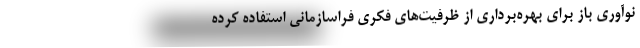
نوآوری باز برای بهره‌برداری از ظرفیت‌های فکری فراسازمانی استفاده کرده